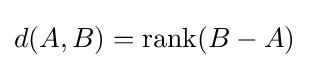
d(A,B)=\mathrm {rank} (B-A)